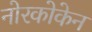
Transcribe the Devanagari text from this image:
नोरकोकेन